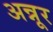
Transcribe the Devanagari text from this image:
अन्नूर